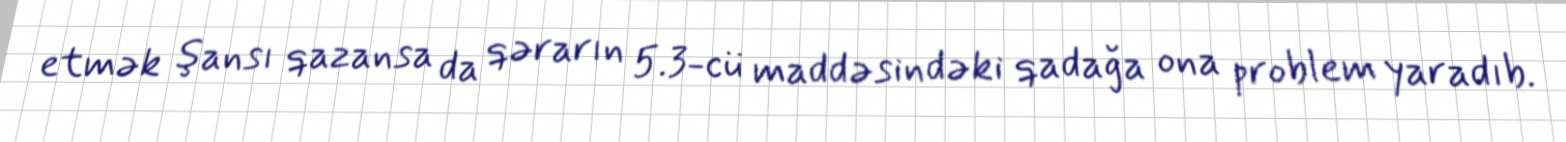
etmək şansı qazansa da qərarın 5.3-cü maddəsindəki qadağa ona problem yaradıb.